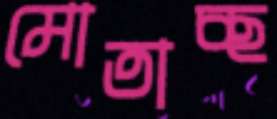
মোতাচ্ছ